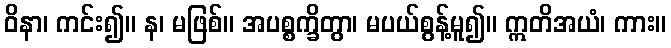
ဝိနာ၊ ကင်း၍။ န၊ မဖြစ်။ အပစ္စက္ခိတွာ၊ မပယ်စွန့်မူ၍။ ဣတိအယံ၊ ကား။